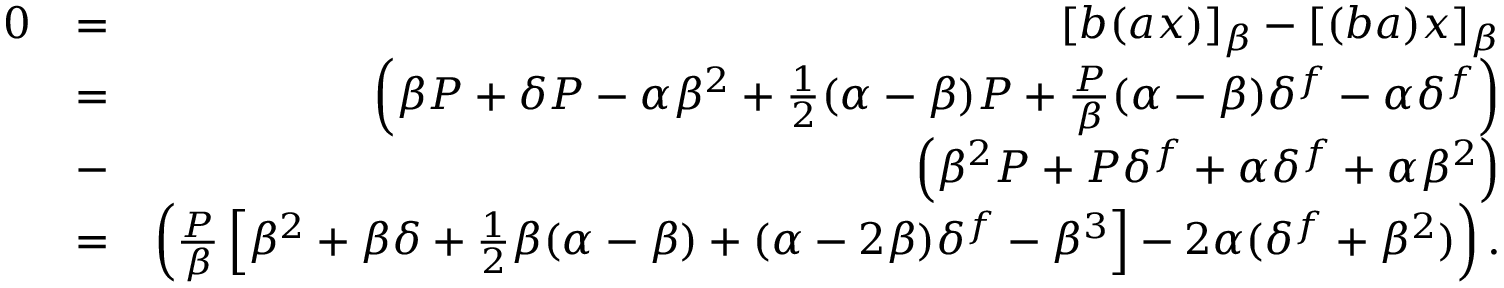
\begin{array} { r l r } { 0 } & { = } & { [ b ( a x ) ] _ { \beta } - [ ( b a ) x ] _ { \beta } } \\ & { = } & { \left( \beta P + \delta P - \alpha \beta ^ { 2 } + \frac { 1 } { 2 } ( \alpha - \beta ) P + \frac { P } { \beta } ( \alpha - \beta ) \delta ^ { f } - \alpha \delta ^ { f } \right) } \\ & { - } & { \left( \beta ^ { 2 } P + P \delta ^ { f } + \alpha \delta ^ { f } + \alpha \beta ^ { 2 } \right) } \\ & { = } & { \left( \frac { P } { \beta } \left[ \beta ^ { 2 } + \beta \delta + \frac { 1 } { 2 } \beta ( \alpha - \beta ) + ( \alpha - 2 \beta ) \delta ^ { f } - \beta ^ { 3 } \right] - 2 \alpha ( \delta ^ { f } + \beta ^ { 2 } ) \right) . } \end{array}